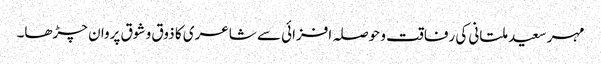
مہر سعید ملتانی کی رفاقت و حوصلہ افزائی سے شاعری کا ذوق و شوق پروان چڑھا۔